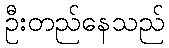
ဦးတည်နေသည်